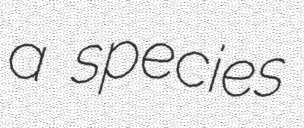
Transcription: a species